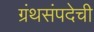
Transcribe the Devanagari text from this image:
ग्रंथसंपदेची